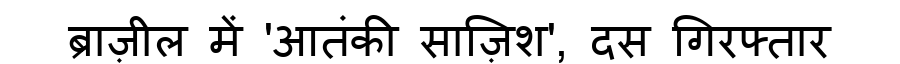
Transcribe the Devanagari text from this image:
ब्राज़ील में 'आतंकी साज़िश', दस गिरफ्तार